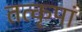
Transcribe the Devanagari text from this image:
तत्कृपां